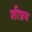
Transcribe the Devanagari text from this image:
शीघ्रम